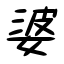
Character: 婆